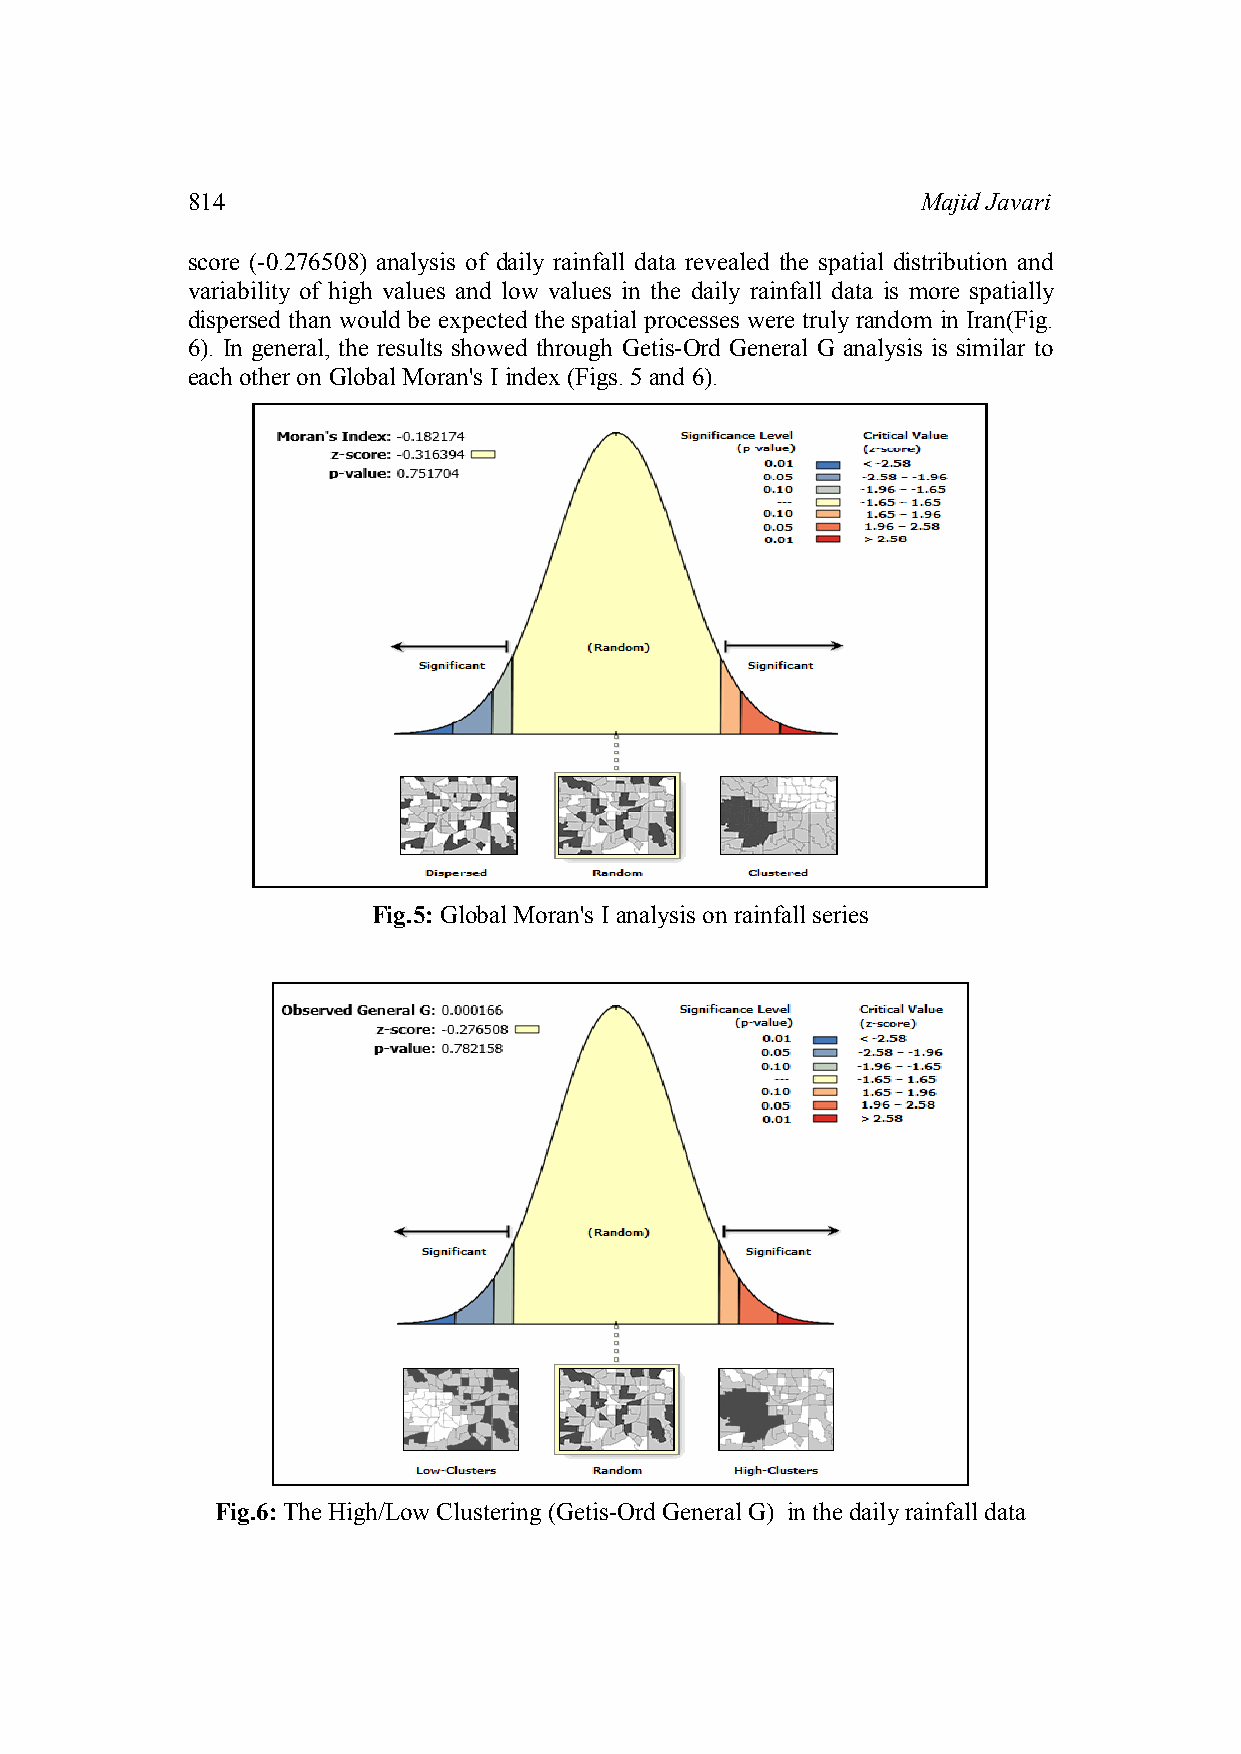
814                                              Majid Javari
 score (-0.276508) analysis of daily rainfall data revealed the spatial distribution and
 variability of high values and low values in the daily rainfall data is more spatially
 dispersed than would be expected the spatial processes were truly random in Iran(Fig.
 6). In general, the results showed through Getis-Ord General G analysis is similar to
 each other on Global Moran's I index (Figs. 5 and 6).
 Fig.5: Global Moran's I analysis on rainfall series
 Fig.6: The High/Low Clustering (Getis-Ord General G) in the daily rainfall data